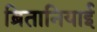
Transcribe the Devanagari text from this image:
ब्रितानियाई